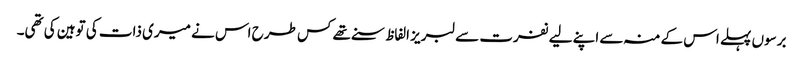
برسوں پہلے اس کے منہ سے اپنے لیے نفرت سے لبریز الفاظ سنے تھے کس طرح اس نے میری ذات کی توہین کی تھی۔